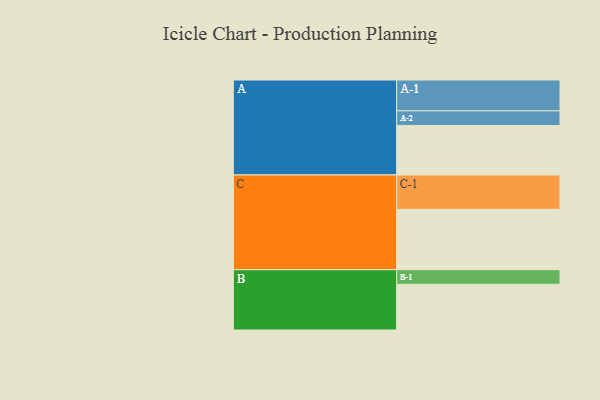
{"axis": {"x": "Segment", "y": "Value"}, "legend": ["", "A", "B", "C"], "data": [{"x": "A", "y": 414, "type": ""}, {"x": "B", "y": 382, "type": ""}, {"x": "C", "y": 505, "type": ""}, {"x": "A-1", "y": 258, "type": "A"}, {"x": "A-2", "y": 122, "type": "A"}, {"x": "B-1", "y": 122, "type": "B"}, {"x": "C-1", "y": 287, "type": "C"}]}